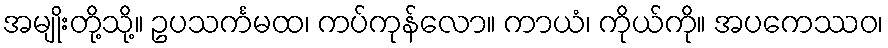
အမျိုးတို့သို့။ ဥပသင်္ကမထ၊ ကပ်ကုန်လော။ ကာယံ၊ ကိုယ်ကို။ အပကေဿဝ၊